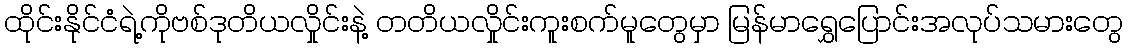
ထိုင်းနိုင်ငံရဲ့ကိုဗစ်ဒုတိယလှိုင်းနဲ့ တတိယလှိုင်းကူးစက်မူတွေမှာ မြန်မာရွှေပြောင်းအလုပ်သမားတွေ